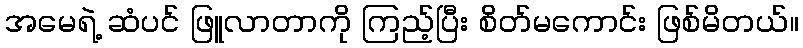
အမေရဲ့ ဆံပင် ဖြူလာတာကို ကြည့်ပြီး စိတ်မကောင်း ဖြစ်မိတယ်။